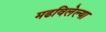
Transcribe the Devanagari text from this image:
मढविलेल्या